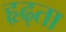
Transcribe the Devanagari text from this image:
हृढ़ता